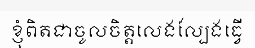
ខ្ញុំពិតជាចូលចិត្តលេងល្បែងធ្វើ